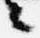
々